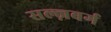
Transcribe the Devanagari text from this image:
सल्ज़बर्ग